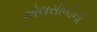
એલસીબીની